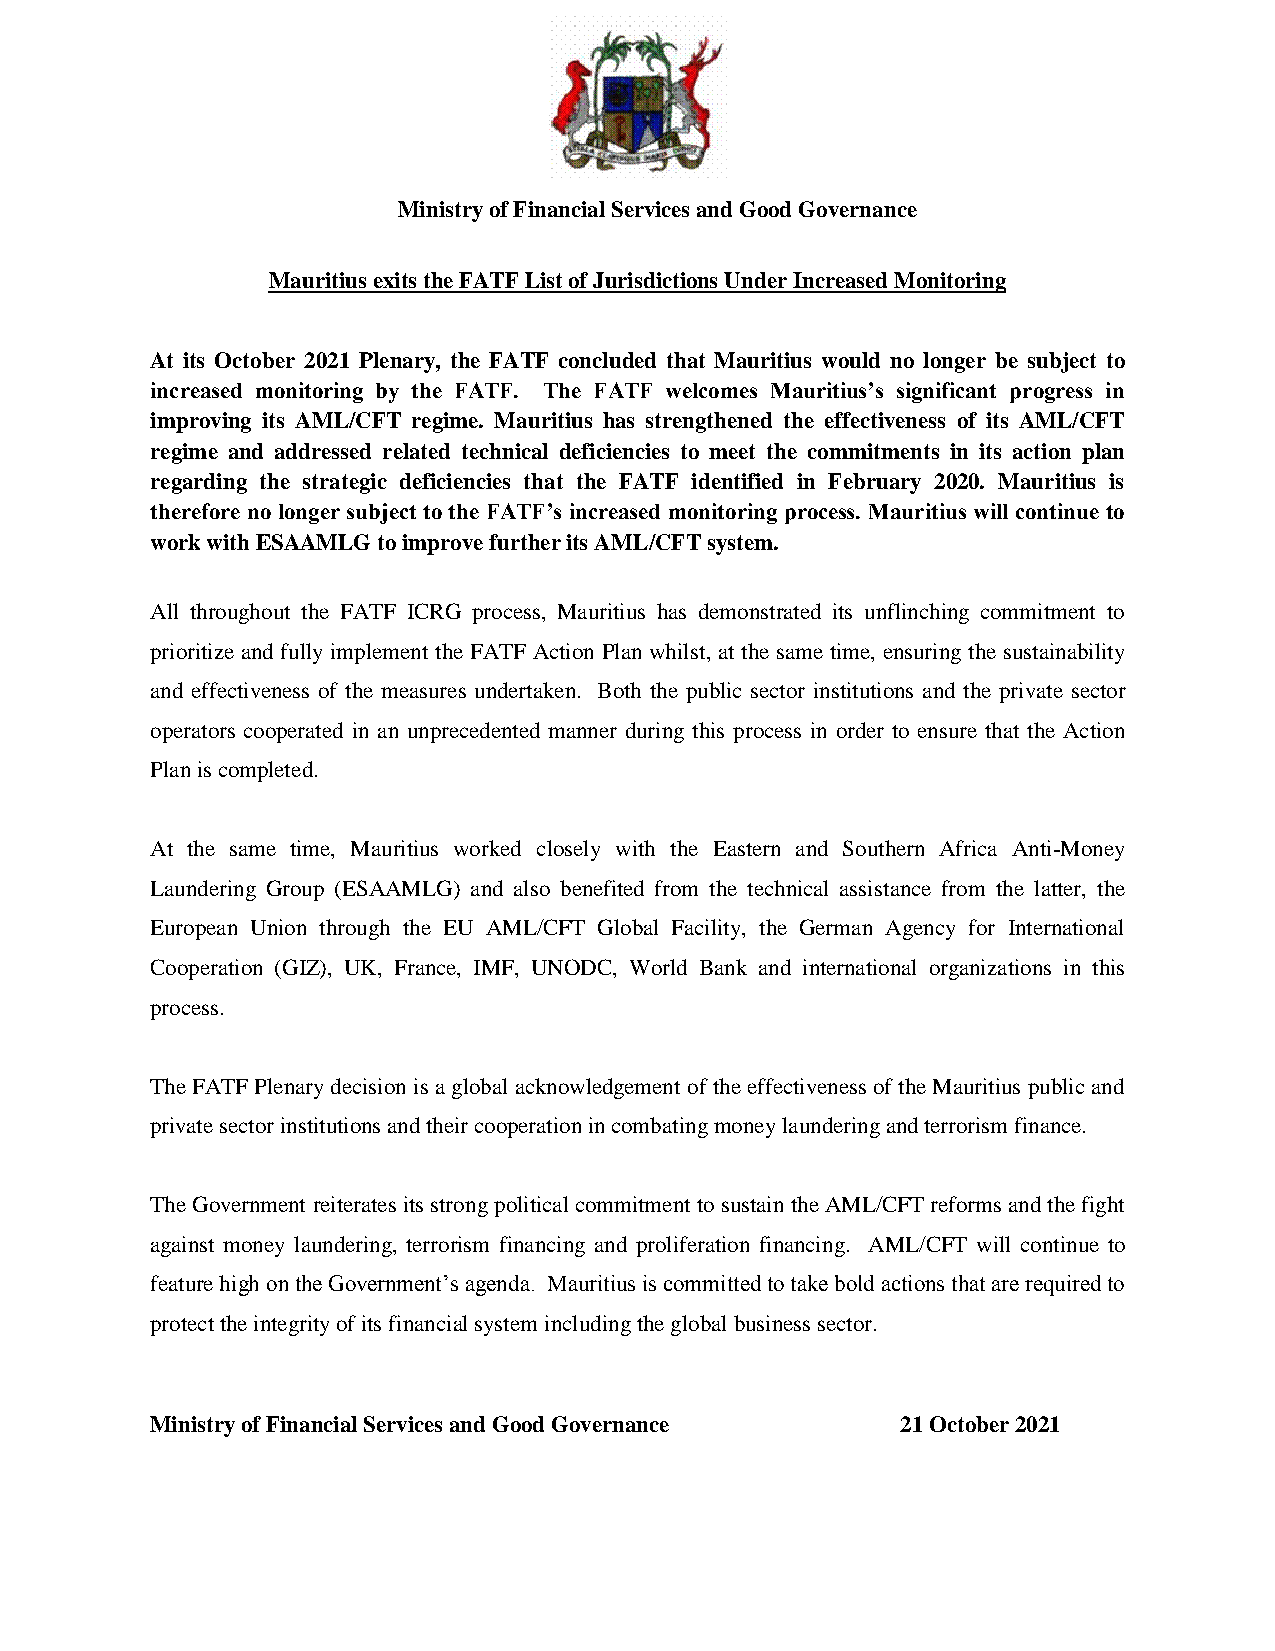
Ministry of Financial Services and Good Governance
 Mauritius exits the FATF List of Jurisdictions Under Increased Monitoring
 At its October 2021 Plenary, the FATF concluded that Mauritius would no longer be subject to
 increased monitoring by the FATF. The FATF welcomes Mauritius’s significant progress in
 improving its AML/CFT regime. Mauritius has strengthened the effectiveness of its AML/CFT
 regime and addressed related technical deficiencies to meet the commitments in its action plan
 regarding the strategic deficiencies that the FATF identified in February 2020. Mauritius is
 therefore no longer subject to the FATF’s increased monitoring process. Mauritius will continue to
 work with ESAAMLG to improve further its AML/CFT system.
 All throughout the FATF ICRG process, Mauritius has demonstrated its unflinching commitment to
 prioritize and fully implement the FATF Action Plan whilst, at the same time, ensuring the sustainability
 and effectiveness of the measures undertaken. Both the public sector institutions and the private sector
 operators cooperated in an unprecedented manner during this process in order to ensure that the Action
 Plan is completed.
 At the same time, Mauritius worked closely with the Eastern and Southern Africa Anti-Money
 Laundering Group (ESAAMLG) and also benefited from the technical assistance from the latter, the
 European Union through the EU AML/CFT Global Facility, the German Agency for International
 Cooperation (GIZ), UK, France, IMF, UNODC, World Bank and international organizations in this
 process.
 The FATF Plenary decision is a global acknowledgement of the effectiveness of the Mauritius public and
 private sector institutions and their cooperation in combating money laundering and terrorism finance.
 The Government reiterates its strong political commitment to sustain the AML/CFT reforms and the fight
 against money laundering, terrorism financing and proliferation financing. AML/CFT will continue to
 feature high on the Government’s agenda. Mauritius is committed to take bold actions that are required to
 protect the integrity of its financial system including the global business sector.
 Ministry of Financial Services and Good Governance 21 October 2021